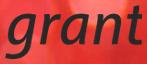
grant